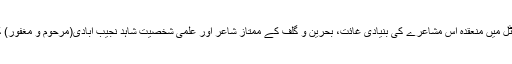
مملکتِ بحرین کے دارالحکومت منامہ کے ایک فائیو سٹار ہوٹل میں منعقدہ اس مشاعرے کی بنیادی غائت، بحرین و گلف کے ممتاز شاعر اور علمی شخصیت شاہد نجیب آبادی(مرحوم و مغفور) کی جملہ خدمات کو شایانِ شان انداز میں خراج پیش کر نا تھا۔